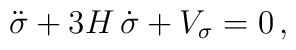
\ddot{\sigma}+3H\,\dot{\sigma}+V_\sigma=0\, ,